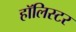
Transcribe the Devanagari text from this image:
हॉलिस्टर